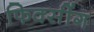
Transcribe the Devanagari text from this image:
फिक्सींग